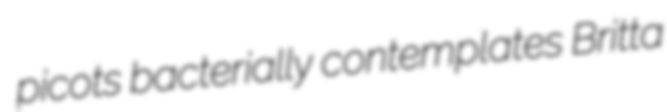
picots bacterially contemplates Britta